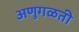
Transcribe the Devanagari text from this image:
अणुगळती